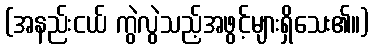
(အနည်းငယ် ကွဲလွဲသည့်အဖွင့်များရှိသေး၏။)